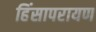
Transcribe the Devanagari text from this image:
हिंसापरायण